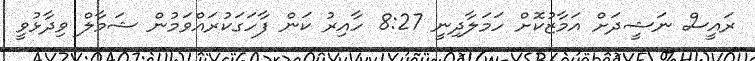
ރައީސް ނަޝީދަށް އަމާޒުކޮށް ހަމަލާދިނީ 8:27 ހާއިރު ކަން ފާހަގަކުރައްވަމުން ޝަމާލް ވިދާޅުވީ